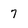
Character: 7